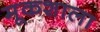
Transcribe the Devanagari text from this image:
मूकशाला